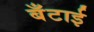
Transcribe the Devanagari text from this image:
बँटाई